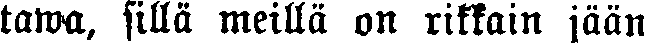
tawa, sillä meillä on rikkain jään